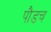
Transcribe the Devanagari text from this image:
पौडच